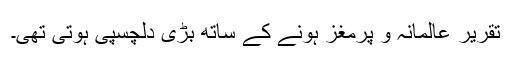
تقریر عالمانہ و پُرمغز ہونے کے ساتھ بڑی دلچسپی ہوتی تھی۔